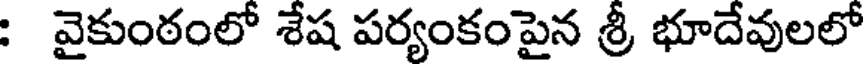
వైకుంఠంలో శేష పర్యంకంపైన శ్రీ భూదేవులలో